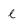
Character: l